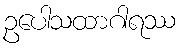
ဥပေါသထာဂါရဿ